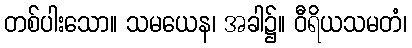
တစ်ပါးသော။ သမယေန၊ အခါ၌။ ဝီရိယသမတံ၊